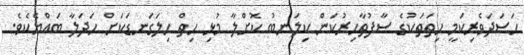
ހަސަދަވެރިކަމީ ހިތަތަކުގެ ސާފުތާހިރުކަން ކިލަނބު ކޮށްލާ މުޅި ހިތް ހިލަގަނޑަކަށް ހަދަލާ ބައްޔެކެވެ.